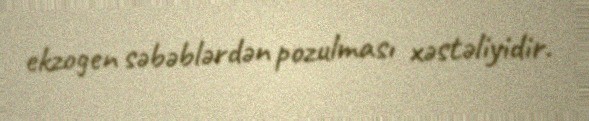
ekzogen səbəblərdən pozulması xəstəliyidir.